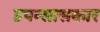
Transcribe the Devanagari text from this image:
उपन्सासकार